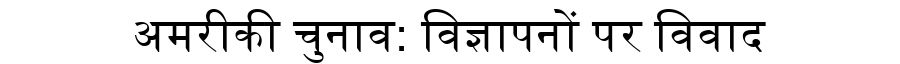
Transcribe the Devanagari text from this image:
अमरीकी चुनाव: विज्ञापनों पर विवाद